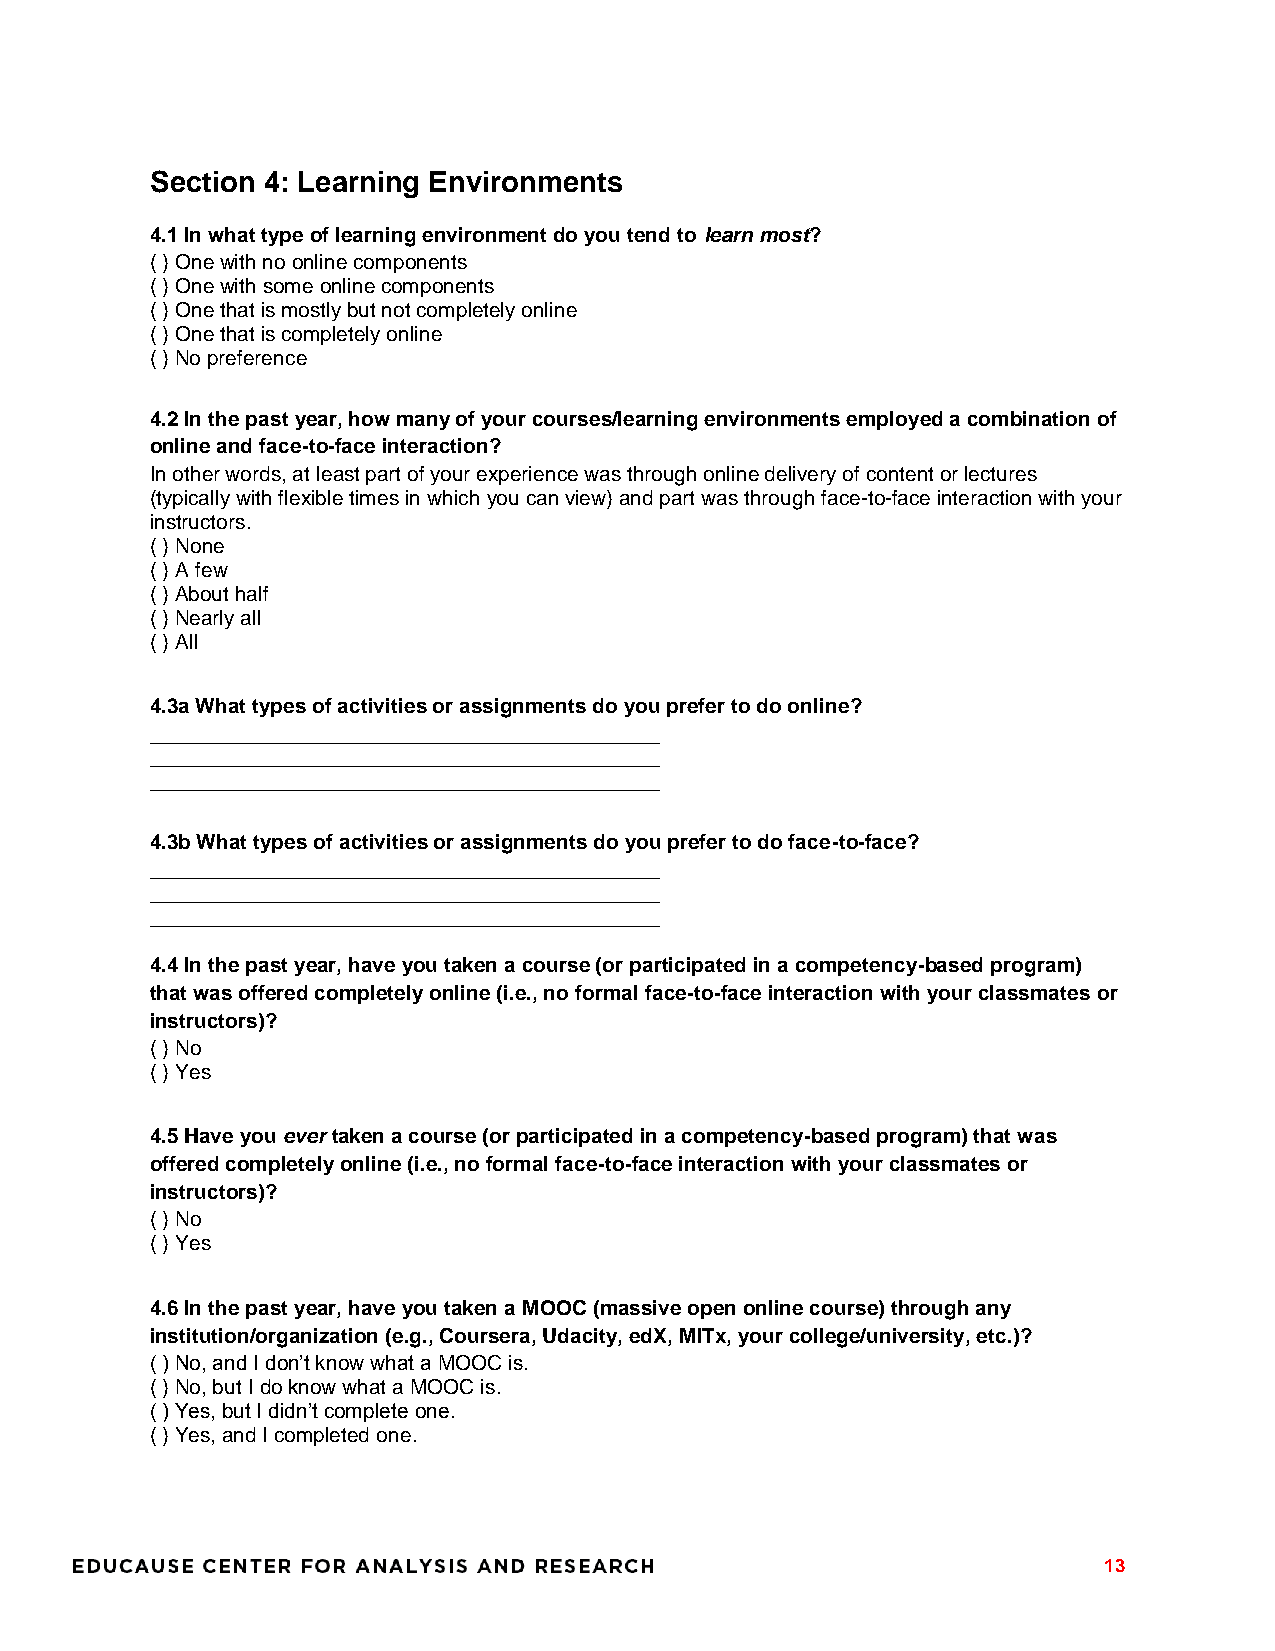
Section 4: Learning Environments
 4.1 In what type of learning environment do you tend to learn most?
 ( ) One with no online components
 ( ) One with some online components
 ( ) One that is mostly but not completely online
 ( ) One that is completely online
 ( ) No preference
 4.2 In the past year, how many of your courses/learning environments employed a combination of
 online and face-to-face interaction?
 In other words, at least part of your experience was through online delivery of content or lectures
 (typically with flexible times in which you can view) and part was through face-to-face interaction with your
 instructors.
 ( ) None
 ( ) A few
 ( ) About half
 ( ) Nearly all
 ( ) All
 4.3a What types of activities or assignments do you prefer to do online?
 ____________________________________________
 ____________________________________________
 ____________________________________________
 4.3b What types of activities or assignments do you prefer to do face-to-face?
 ____________________________________________
 ____________________________________________
 ____________________________________________
 4.4 In the past year, have you taken a course (or participated in a competency-based program)
 that was offered completely online (i.e., no formal face-to-face interaction with your classmates or
 instructors)?
 ( ) No
 ( ) Yes
 4.5 Have you ever taken a course (or participated in a competency-based program) that was
 offered completely online (i.e., no formal face-to-face interaction with your classmates or
 instructors)?
 ( ) No
 ( ) Yes
 4.6 In the past year, have you taken a MOOC (massive open online course) through any
 institution/organization (e.g., Coursera, Udacity, edX, MITx, your college/university, etc.)?
 ( ) No, and I don’t know what a MOOC is.
 ( ) No, but I do know what a MOOC is.
 ( ) Yes, but I didn’t complete one.
 ( ) Yes, and I completed one.
 13